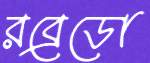
রব্রেডো